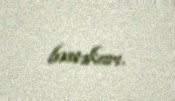
bəstəkarı.